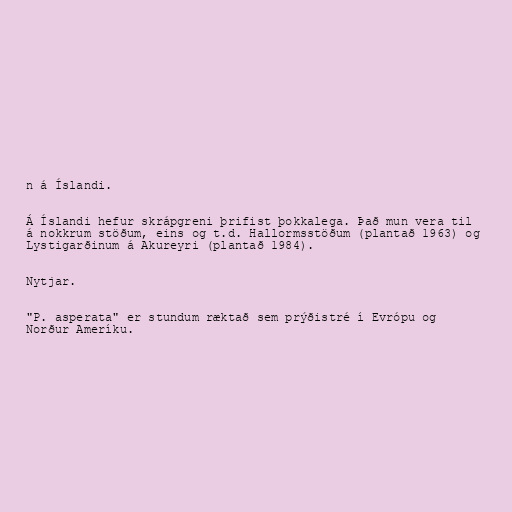
n á Íslandi.

Á Íslandi hefur skrápgreni þrifist þokkalega. Það mun vera til
á nokkrum stöðum, eins og t.d. Hallormsstöðum (plantað 1963) og
Lystigarðinum á Akureyri (plantað 1984).

Nytjar.

"P. asperata" er stundum ræktað sem prýðistré í Evrópu og
Norður Ameríku.